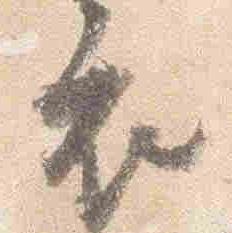
衣